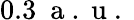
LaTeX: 0.3\ \mathrm{~a~.~u~.~}